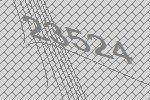
23524